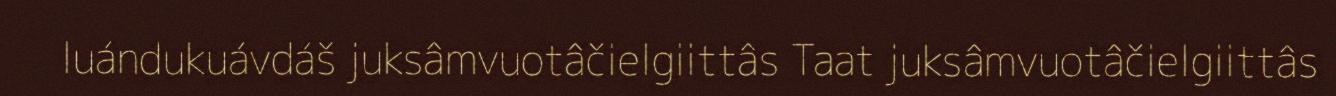
luándukuávdáš juksâmvuotâčielgiittâs Taat juksâmvuotâčielgiittâs